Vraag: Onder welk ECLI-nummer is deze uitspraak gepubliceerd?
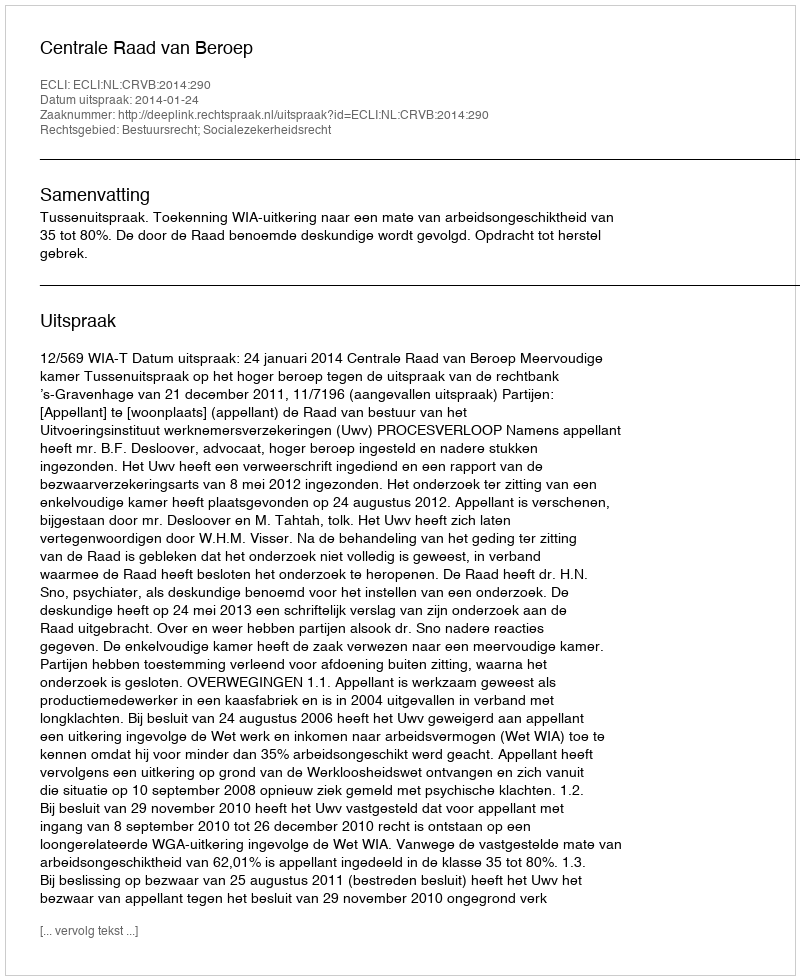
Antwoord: ECLI:NL:CRVB:2014:290